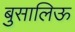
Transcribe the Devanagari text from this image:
बुसालिऊ